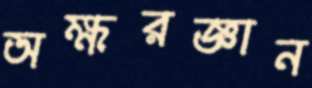
অক্ষরজ্ঞান